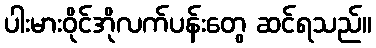
ပါးမားဝိုင်အိုလက်ပန်းတွေ ဆင်ရသည်။